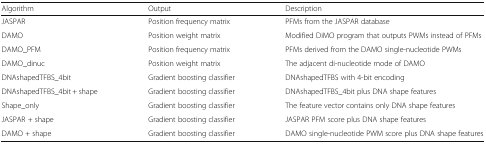
<table><thead><tr><td><b>Algorithm</b></td><td><b>Output</b></td><td><b>Description</b></td></tr></thead><tbody><tr><td>JASPAR</td><td>Position frequency matrix</td><td>PFMs from the JASPAR database</td></tr><tr><td>DAMO</td><td>Position weight matrix</td><td>Modified DiMO program that outputs PWMs instead of PFMs</td></tr><tr><td>DAMO_PFM</td><td>Position frequency matrix</td><td>PFMs derived from the DAMO single-nucleotide PWMs</td></tr><tr><td>DAMO_dinuc</td><td>Position weight matrix</td><td>The adjacent di-nucleotide mode of DAMO</td></tr><tr><td>DNAshapedTFBS_4bit</td><td>Gradient boosting classifier</td><td>DNAshapedTFBS with 4-bit encoding</td></tr><tr><td>DNAshapedTFBS_4bit + shape</td><td>Gradient boosting classifier</td><td>DNAshapedTFBS_4bit plus DNA shape features</td></tr><tr><td>Shape_only</td><td>Gradient boosting classifier</td><td>The feature vector contains only DNA shape features</td></tr><tr><td>JASPAR + shape</td><td>Gradient boosting classifier</td><td>JASPAR PFM score plus DNA shape features</td></tr><tr><td>DAMO + shape</td><td>Gradient boosting classifier</td><td>DAMO single-nucleotide PWM score plus DNA shape features</td></tr></tbody></table>